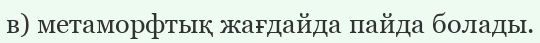
в) метаморфтық жағдайда пайда болады.